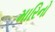
મારિનો